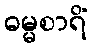
ဓမ္မစာရိံ